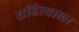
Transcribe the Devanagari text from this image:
सहित्याला